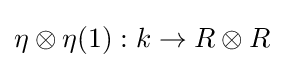
\eta \otimes \eta (1):k\to R\otimes R